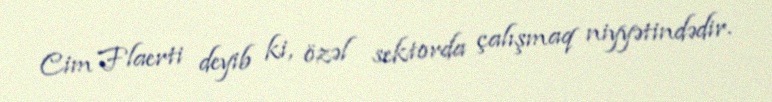
Cim Flaerti deyib ki, özəl sektorda çalışmaq niyyətindədir.